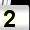
Digit: 2